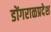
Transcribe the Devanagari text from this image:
डोंगराळप्रदेश